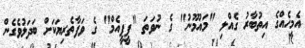
އެމީހެއްގެ އިތުބާރު ގެއްލި "މައުމޫނު" ގެ ނުވަތަ "ޕީޕީއެމް" ގެ ވަފާތެރިޔަކަށް ބަދަލުވެގެން